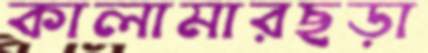
কালামারছড়া